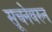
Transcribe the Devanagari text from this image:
सूचनेवरुन